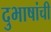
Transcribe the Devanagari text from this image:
दुभाषांची